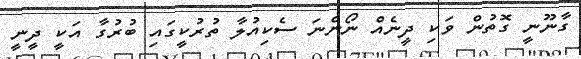
ގާނޫނީ ގޮތުން ވަކި ދީނެއް ނޯންނަ ސެކިއުލާ ތުރުކީގައި ބުރުގާ އަކީ ދީނީ